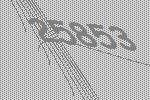
25853